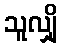
သူလျှို